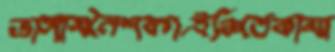
ভাঙ্গাসনৈশবর্গইঞ্চিতেকামা